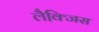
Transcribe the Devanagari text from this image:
लैक्जि़स